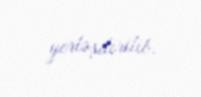
yerləşdirilib.